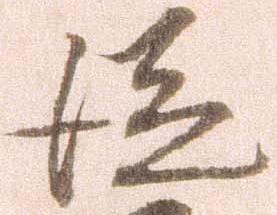
従